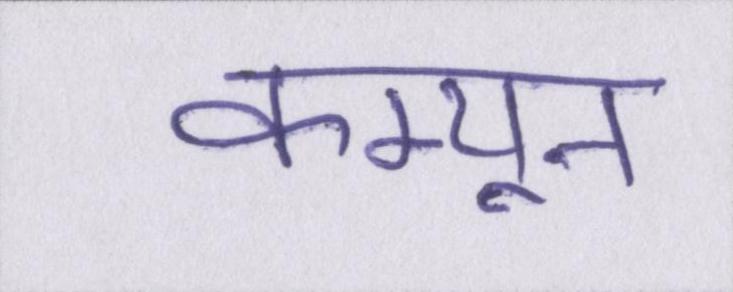
कम्यून